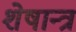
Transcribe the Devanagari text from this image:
शेषान्त्र